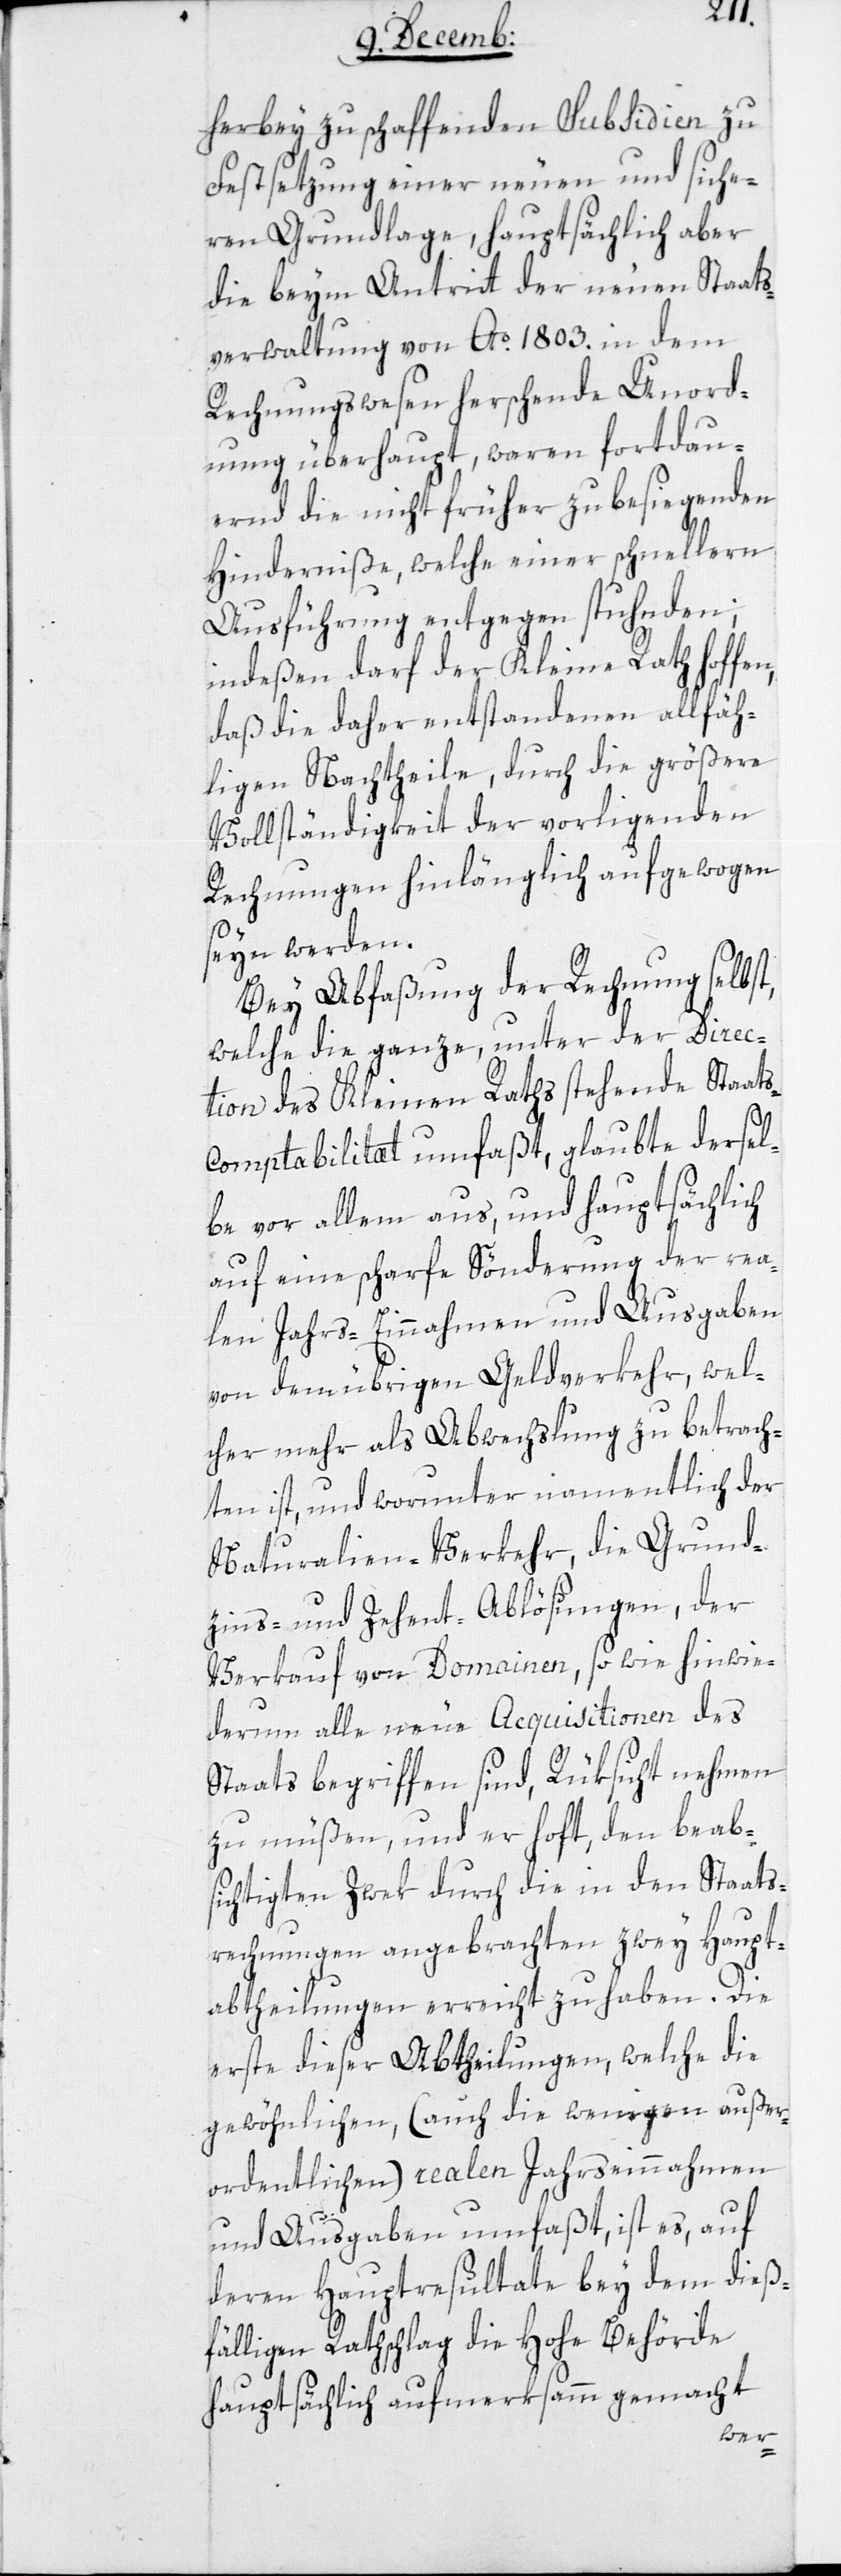
herbey zu schaffenden Subsidien zu
Festsetzung einer neuen und siche¬
ren Grundlage, hauptsächlich aber
die beym Antritt der neuen Staats¬
verwaltung von Ao. 1803. in dem
Rechnungswesen herschende Unord¬
nung überhaupt, waren fortdau¬
ernd die nicht früher zu besiegenden
Hinderniße, welche einer schnellern
Ausführung entgegen stuhnden;
indeßen darf der Kleine Rath hoffen,
daß die daher entstandenen allfäh¬
ligen Nachtheile, durch die größere
Vollständigkeit der vorliegenden
Rechnungen hinlänglich aufgewogen
seyn werden.
Bei Abfaßung der Rechnung selbst,
welche die ganze, unter der Direc¬
tion des Kleinen Raths stehende Staat¬
s-Comptabilität umfaßt, glaubte dersel¬
be vor allem aus, und hauptsächlich
auf eine scharfe Sönderung der rea¬
len Jahrs-Einnahmen und Ausgaben
von dem übrigen Geldverkehr, wel¬
cher mehr als Abwechslung zu betrach¬
ten ist, und worunter namentlich der
Naturalien-Verkehr, die Grund¬
zins- und Zehent-Ablösungen, der
Verkauf von Domainen, sowie hinwie¬
derum alle neue Acquisitionen des
Staats begriffen sind, Rüksicht nehmen
zu müßen, und er hoft, den beab¬
sichtigten Zwek durch die in den Staats¬
rechnungen angebrachten zwey Haupt¬
abtheilungen erreicht zu haben. Die
erste dieser Abtheilungen, welche die
gewöhnlichen, (auch die wenigen außer¬
ordentlichen) realen Jahreseinnahmen
und Ausgaben umfaßt, ist es, auf
deren Hauptresultate bey dem dieß¬
fälligen Rathschlag die hohe Behörde
hauptsächlich aufmerksamm gemacht